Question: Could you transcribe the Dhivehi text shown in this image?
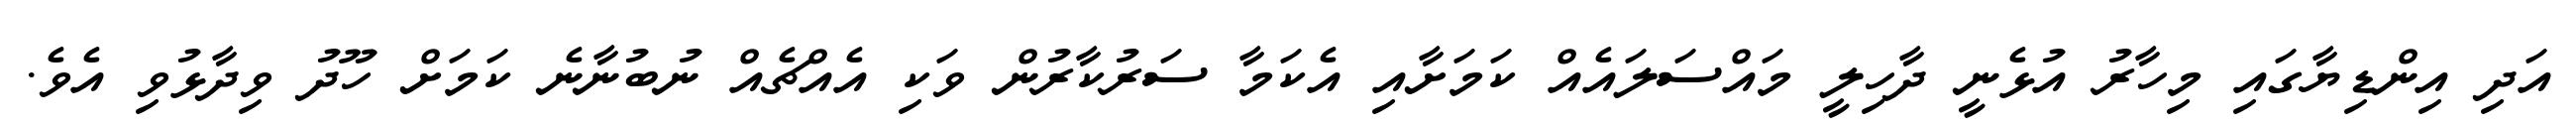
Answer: އަދި އިންޑިޔާގައި މިހާރު އުޅެނީ ދާހިލީ މައްސަލައެއް ކަމަށާއި އެކަމާ ސަރުކާރުން ވަކި އެއްޗެއް ނުބުނާނެ ކަމަށް ހޫދު ވިދާޅުވި އެވެ.